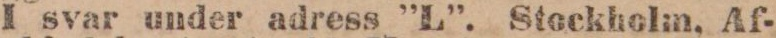
I svar under adress ”L”. Stockholm. Af-